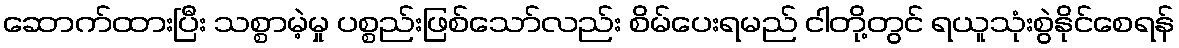
ဆောက်ထားပြီး သစ္စာမဲ့မှု ပစ္စည်းဖြစ်သော်လည်း စိမ်ပေးရမည် ငါတို့တွင် ရယူသုံးစွဲနိုင်စေရန်